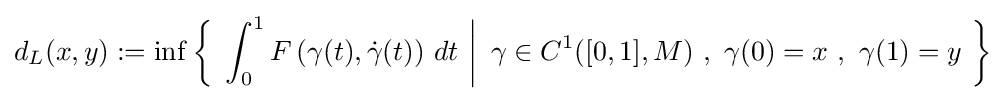
d_{L}(x,y):=\inf \left\{\ \left.\int _{0}^{1}F\left(\gamma (t),{\dot {\gamma }}(t)\right)\,dt\ \right|\ \gamma \in C^{1}([0,1],M)\ ,\ \gamma (0)=x\ ,\ \gamma (1)=y\ \right\}